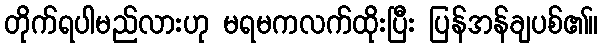
တိုက်ရပါမည်လားဟု မရမကလက်ထိုးပြီး ပြန်အန်ချပစ်၏။